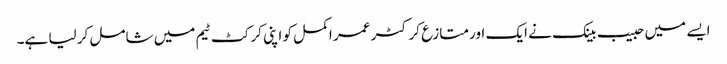
ایسے میں حبیب بینک نے ایک اور متازع کرکٹر عمر اکمل کو اپنی کرکٹ ٹیم میں شامل کر لیا ہے۔